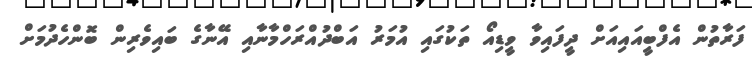
ފަރާތުން އެފްބީއައިއަށް ދީފައިވާ ވީޑިއޯ ތަކުގައި އުމަރު އަބްދުއްރަހްމާނާއި އޭނާގެ ބައިވެރިން ބޮންހެދުމަށް